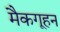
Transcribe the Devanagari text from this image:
मैकगूहन